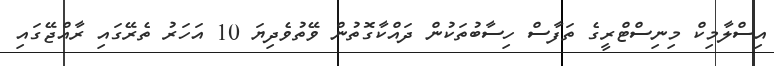
އިސްލާމިކް މިނިސްޓްރީގެ ތަފާސް ހިސާބުތަކުން ދައްކާގޮތުން ވޭތުވެދިޔަ 10 އަހަރު ތެރޭގައި ރާއްޖޭގައި